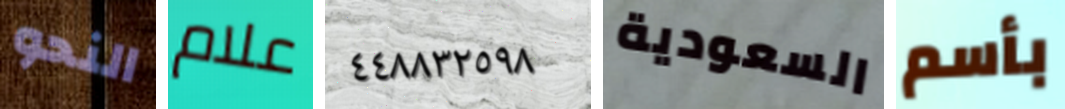
النحو علام ٤٤٨٨٣٢٥٩٨ السعودية بأسم